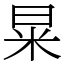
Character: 㫧